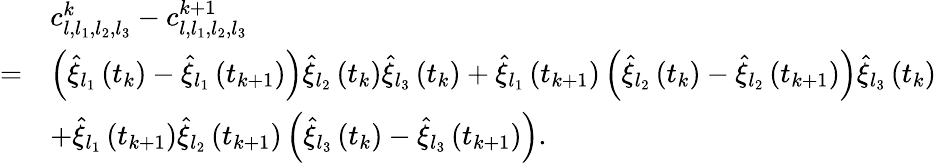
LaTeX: \begin{array}{rl}&{c_{l,l_{1},l_{2},l_{3}}^{k}-c_{l,l_{1},l_{2},l_{3}}^{k+1}}\\ {=}&{\left(\widehat{\xi}_{l_{1}}\left(t_{k}\right)-\widehat{\xi}_{l_{1}}\left(t_{k+1}\right)\right)\widehat{\xi}_{l_{2}}\left(t_{k}\right)\widehat{\xi}_{l_{3}}\left(t_{k}\right)+\widehat{\xi}_{l_{1}}\left(t_{k+1}\right)\left(\widehat{\xi}_{l_{2}}\left(t_{k}\right)-\widehat{\xi}_{l_{2}}\left(t_{k+1}\right)\right)\widehat{\xi}_{l_{3}}\left(t_{k}\right)}\\ &{+\widehat{\xi}_{l_{1}}\left(t_{k+1}\right)\widehat{\xi}_{l_{2}}\left(t_{k+1}\right)\left(\widehat{\xi}_{l_{3}}\left(t_{k}\right)-\widehat{\xi}_{l_{3}}\left(t_{k+1}\right)\right).}\end{array}